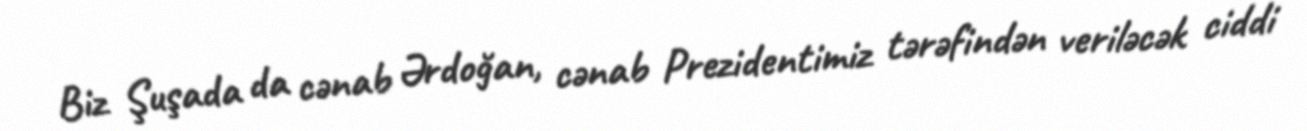
Biz Şuşada da cənab Ərdoğan, cənab Prezidentimiz tərəfindən veriləcək ciddi